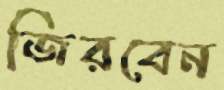
জিরবেন